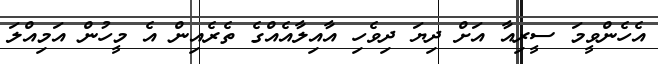
އެހެންވީމަ ސީރިއާ އަށް ދިޔަ ދިވެހި އާއިލާއެއްގެ ތެރެއިން އެ މީހުން އަމިއްލަ